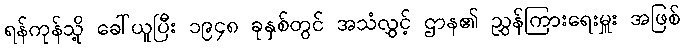
ရန်ကုန်သို့ ခေါ်ယူပြီး ၁၉၄၈ ခုနှစ်တွင် အသံလွှင့် ဌာန၏ ညွှန်ကြားရေးမှူး အဖြစ်